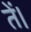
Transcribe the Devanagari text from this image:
तें।